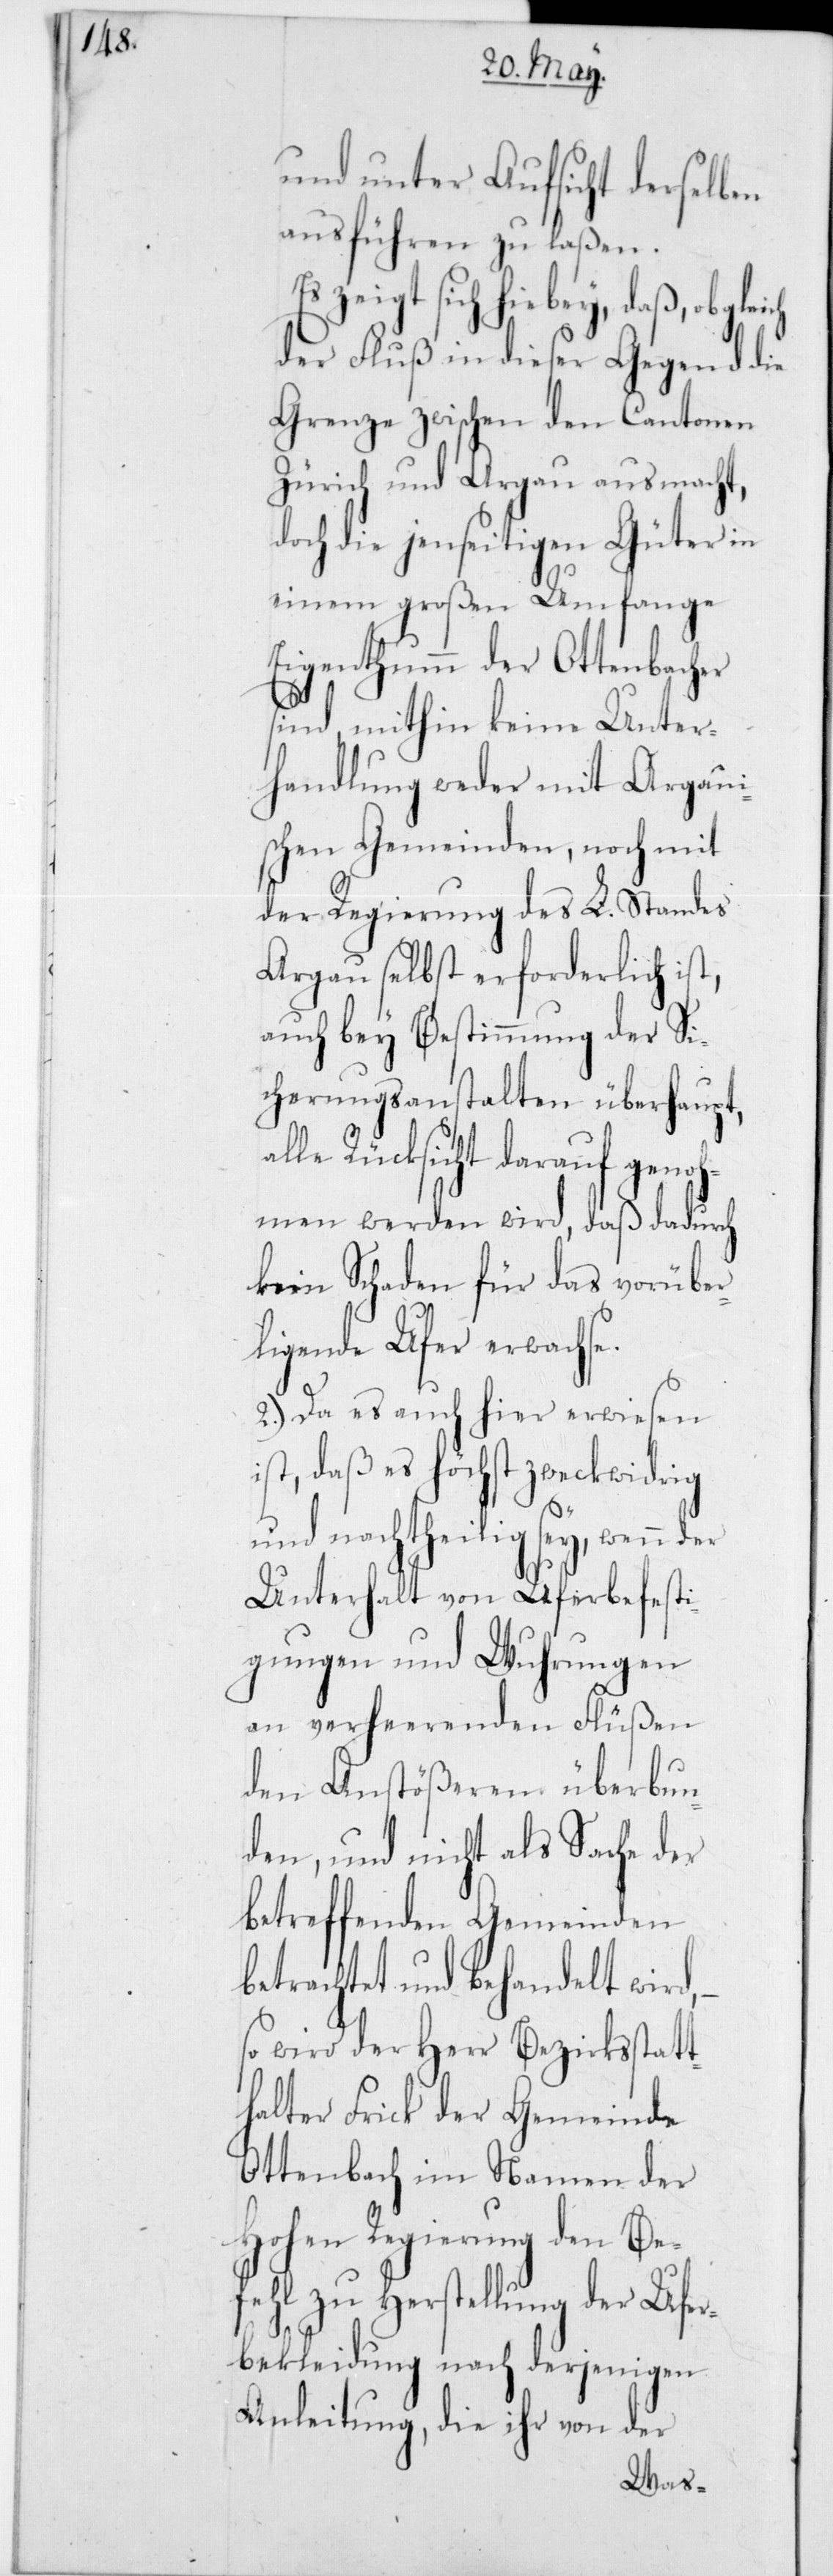
und unter Aufsicht derselben
ausführen zu laßen.
zeigt sich hiebey, daß, obglei¬
der Fluß in dieser Gegend die
Grenze zwischen den Cantonen
Zürich und Aargau ausmacht,
doch die jenseitigen Güter in
einem großen Umfange
Eigenthumm der Ottenbacher
sind, mithin keine Unter¬
handlung weder mit Aargaui¬
schen Gemeinden, noch mit
der Regierung des L. Standes
Aargau selbst erforderlich is¬
auch bey Bestimmung der Si¬
cherungsanstalten überhaupt,
lle Rücksicht darauf genoh¬
men werden wird, daß dadurch
kein Schaden für das vorüber¬
liegende Ufer erwachse.
2.) Da es auch hier erwiesen
ist, daß es höchst zweckwidrig
und nachtheililg sey, wenn der
Unterhalt von Uferbefesti¬
gungen und Wuhrungen
an verheerenden Flüßen
den Anstößeren überbun¬
den, und nicht als Sache der
betreffenden Gemeinden
betrachtet und behandelt wird,
so wird der Herr Bezirksstatt¬
halter Frick der Gemeinde
Ottenbach im Namen der
Hohen Regierung den Be¬
fehl zu Herstellung der Ufer¬
a¬
bekleidung nach derjenigen
Anleitung, die ihr von der